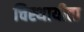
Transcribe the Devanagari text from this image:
चिस्थायीता